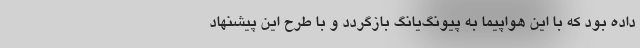
داده بود که با این هواپیما به پیونگ‌یانگ بازگردد و با طرح این پیشنهاد